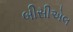
બીસીએલ